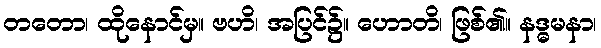
တတော၊ ထိုနောင်မှ။ ဗဟိ၊ အပြင်၌။ ဟောတိ၊ ဖြစ်၏။ နဒ္ဓမနာ၊